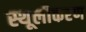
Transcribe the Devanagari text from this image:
स्थूलीकरण